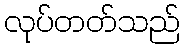
လုပ်တတ်သည်